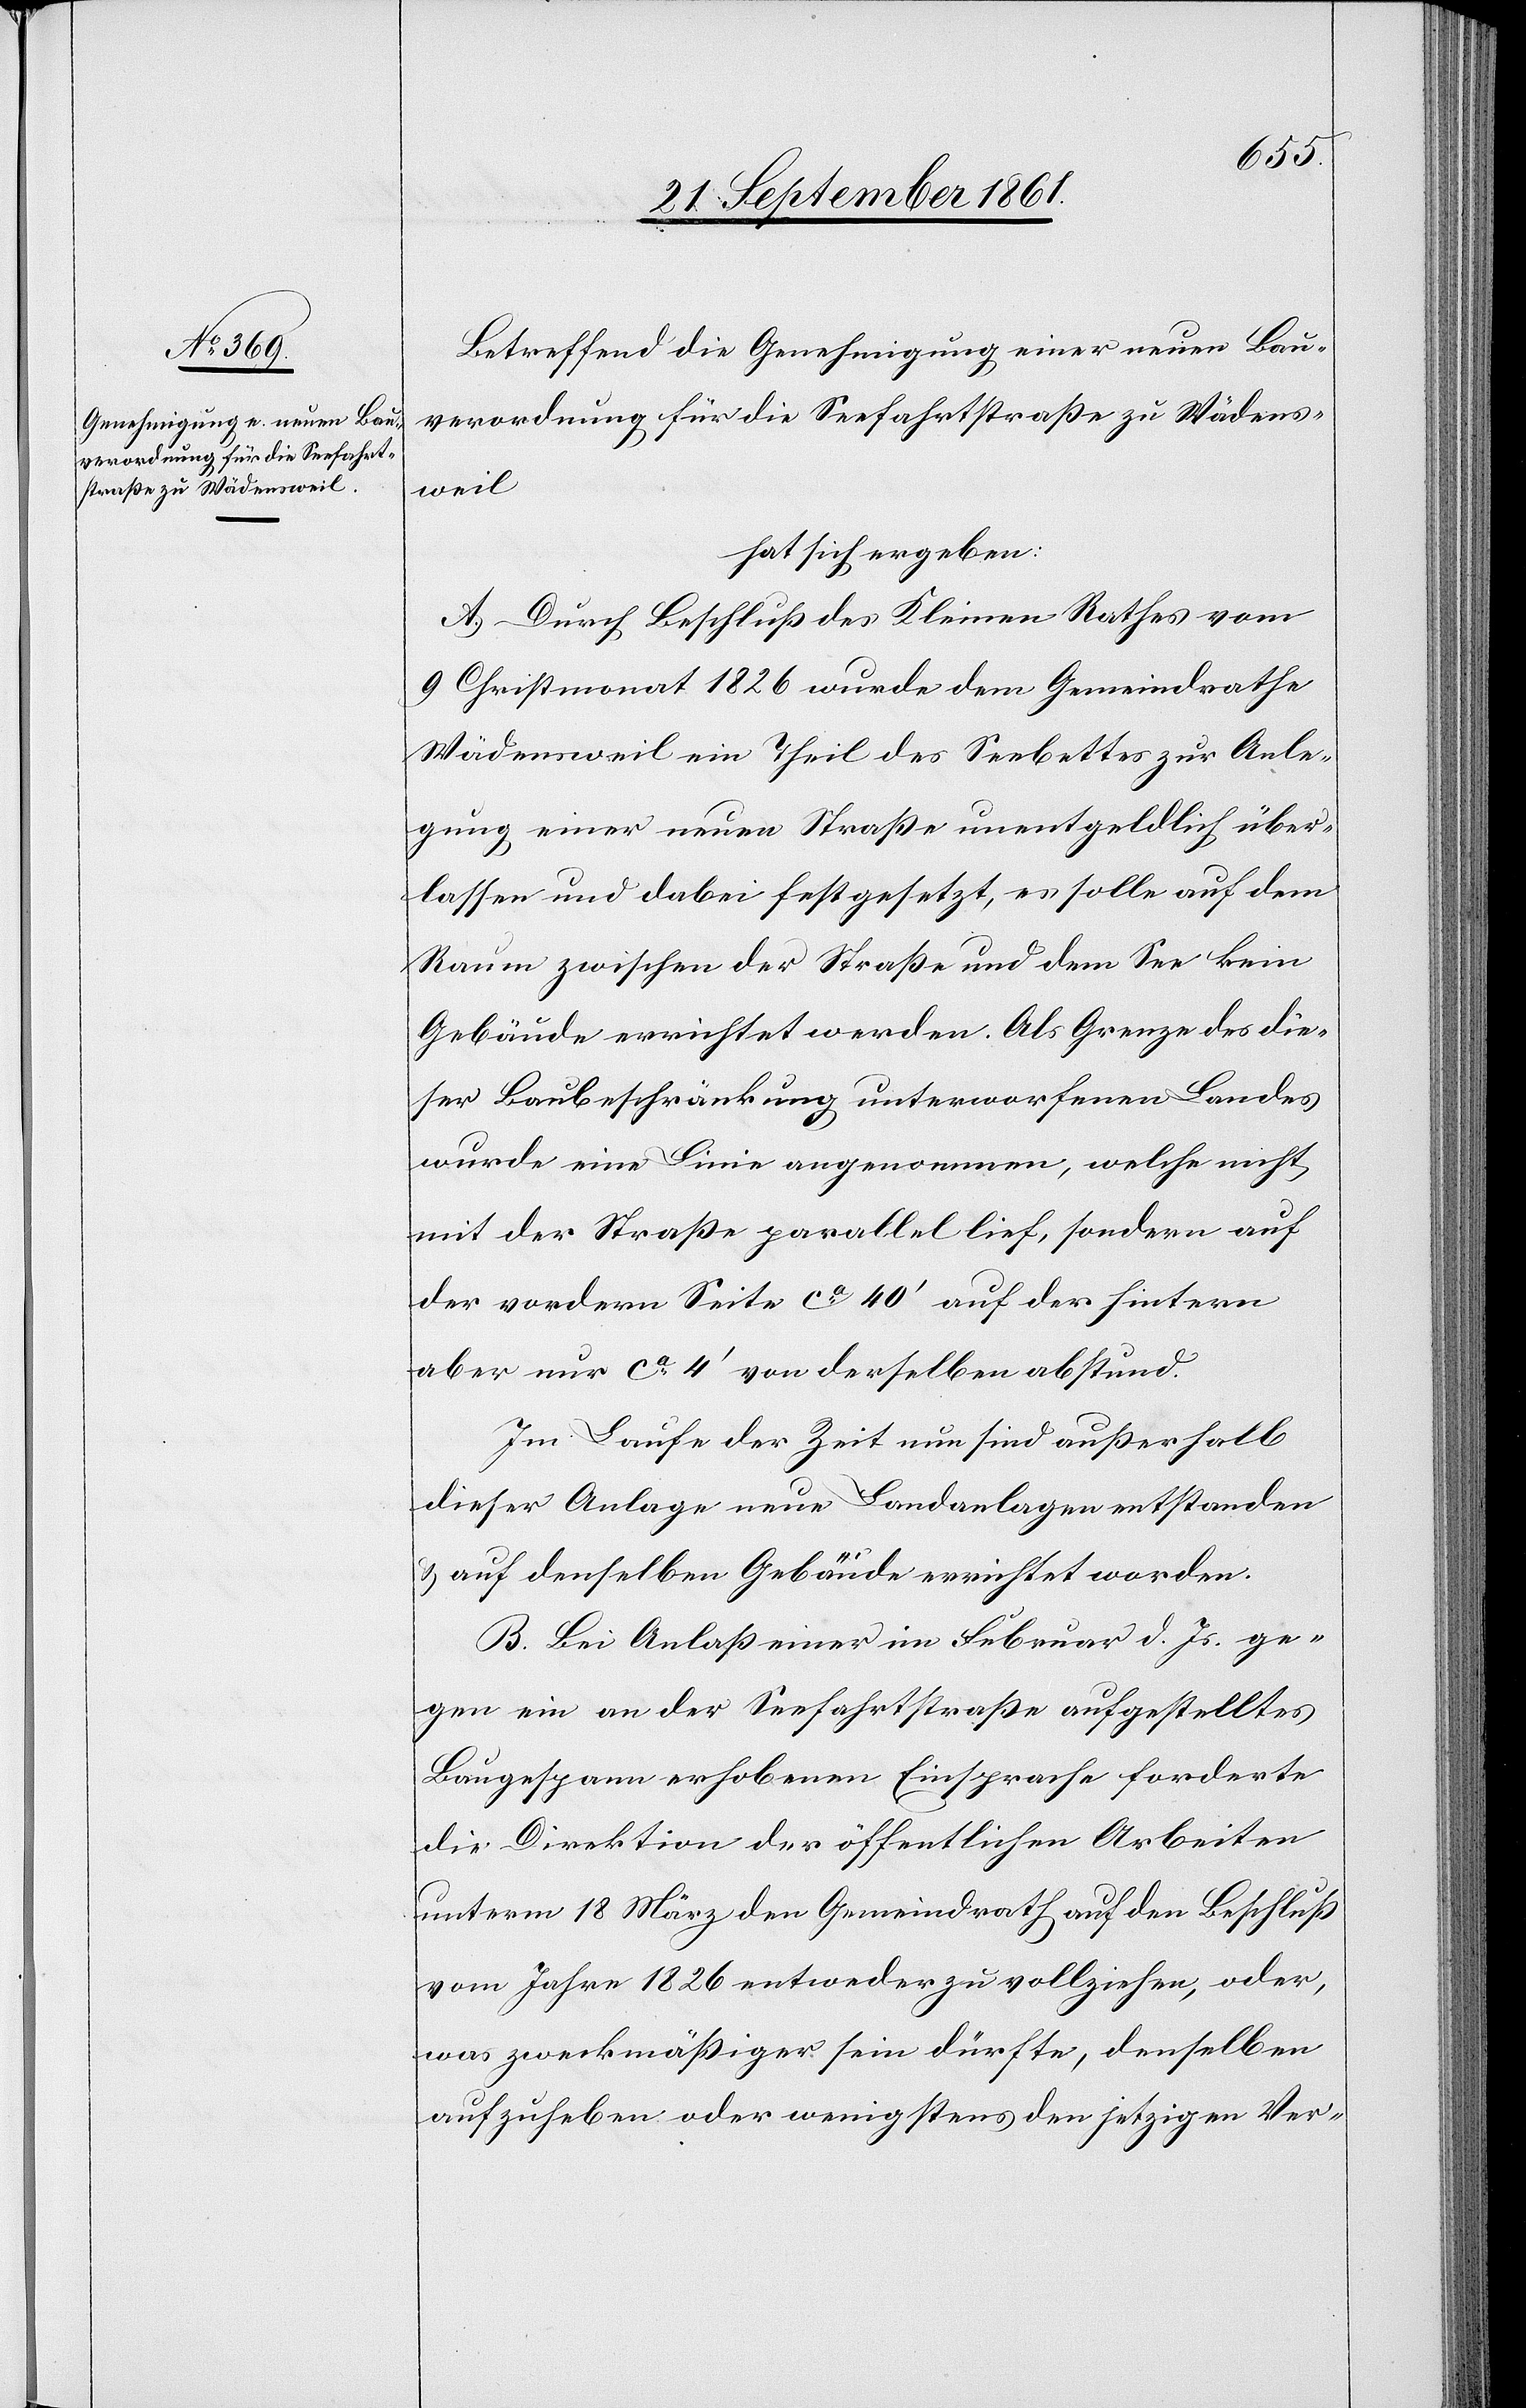
Betreffend die Genehmigung einer neuen Bau¬
verordnung für die Seefahrtsstraße zu Wädens¬
weil
hat sich ergeben:
A. Durch Beschluß des Kleinen Rathes vom
9 Christmonat 1826 wurde dem Gemeindrathe
Wädensweil ein Theil des Seebettes zur Anle¬
gung einer neuen Straße unentgeldlich über¬
lassen und dabei festgesetzt, es solle auf dem
Raum zwischen der Straße und dem See kein
Gebäude errichtet werden. Als Grenze des die¬
ser Baubeschränkung unterworfenen Landes
wurde eine Linie angenommen, welche nicht
mit der Straße parallel lief, sondern auf
der vordern Seite ca 40’ auf der hintern
aber nur ca 4’ von derselben abstund.
Im Laufe der Zeit nun sind außerhalb
dieser Anlage neue Landanlagen entstanden
u. auf denselben Gebäude errichtet worden.
B. Bei Anlaß einer im Februar d. Js. ge¬
gen ein in der Seefahrtstraße aufgestelltes
Baugespann erhobenen Einsprache forderte
die Direktion der öffentlichen Arbeiten
unterm 18 März den Gemeindrath auf den Beschluß
vom Jahre 1826 entweder zu vollziehen, oder,
was zweckmäßiger sein dürfe, denselben
aufzuheben oder wenigstens den jetzigen Ver-